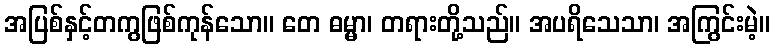
အပြစ်နှင့်တကွဖြစ်ကုန်သော။ တေ ဓမ္မာ၊ တရားတို့သည်။ အပရိသေသာ၊ အကြွင်းမဲ့။